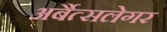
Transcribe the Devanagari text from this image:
अर्बैत्सलेगर